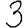
Digit: 3